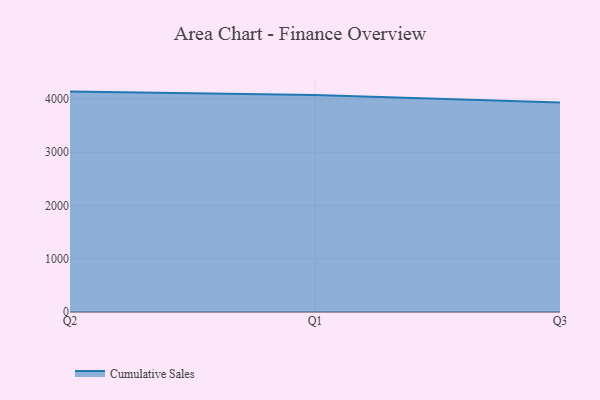
{"axis": {"x": "Quarter", "y": "Website Visitors"}, "legend": ["Cumulative Sales"], "data": [{"x": "Q2", "y": 4136.0, "type": "Cumulative Sales"}, {"x": "Q1", "y": 4070.5, "type": "Cumulative Sales"}, {"x": "Q3", "y": 3933.3, "type": "Cumulative Sales"}]}